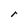
Character: r